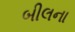
બીલના